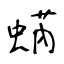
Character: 蜹